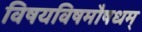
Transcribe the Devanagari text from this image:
विषयविषमौषधम्